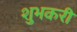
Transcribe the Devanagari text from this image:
शुभकरी